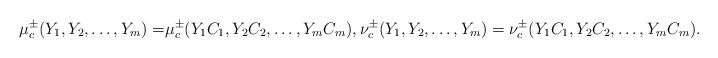
LaTeX: \begin{align*}\begin{aligned} \mu_c^{\pm}(Y_1,Y_2,\dots,Y_m)=& \mu_c^{\pm}(Y_1C_1,Y_2C_2,\dots,Y_mC_m), \nu_c^{\pm}(Y_1,Y_2,\dots,Y_m)= \nu_c^{\pm}(Y_1C_1,Y_2C_2,\dots,Y_mC_m).\end{aligned}\end{align*}